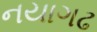
નયાગઢ